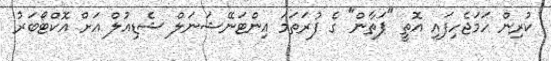
ކުރިން ހަމަޖެހިފައި އޮތީ "ޕަތާން" ގެ ފުރަތަމަ އިންޓަނޭޝަނަލް ޝެޑިއުލް އަށް އޮކްޓޯބަރު